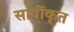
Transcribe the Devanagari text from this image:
सार्वीकृत